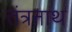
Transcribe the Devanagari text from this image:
तंत्रनाथ